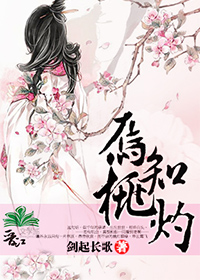
山致其高而云雨起焉，水致其深而蛟龙生焉，君子致其道而德泽流焉。